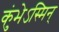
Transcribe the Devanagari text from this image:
कुंभेऽस्मिन्